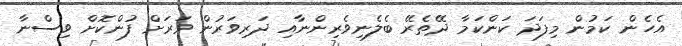
އެހެން ކަމުން މިފަދަ ކަންކަމާ ދޭތެރޭ ބެލެނިވެރިންނާއި ދަރިވަރުން ވަރަށް ފުންކޮށް ވިސްނާ